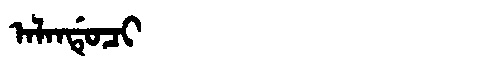
Manchu: ᠠᠯᠠᠨᡩᡠᠴᡳ
Romanization: ALANDUCI